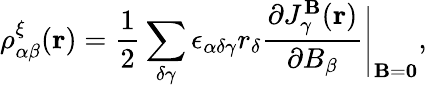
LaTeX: \rho_{\alpha\beta}^{\xi}({\mathbf r})=\frac{1}{2}\sum_{\delta\gamma}\epsilon_{\alpha\delta\gamma}{r}_{\delta}\frac{\partial J_{\gamma}^{\mathbf B}(\mathbf{r})}{\partial B_{\beta}}\Bigg|_{{\mathbf B}={\mathbf 0}},